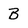
Character: B